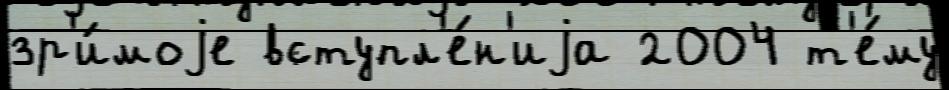
зр'и́моjе вступл'е́н'иjа 2004 т'е́му